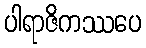
ပါရာဇိကဿပေ